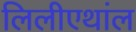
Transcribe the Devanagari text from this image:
लिलीएथांल